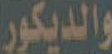
والديكور